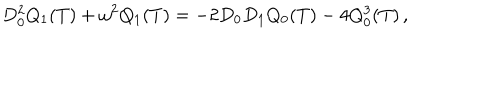
D _ { 0 } ^ { 2 } Q _ { 1 } ( T ) + \omega ^ { 2 } Q _ { 1 } ( T ) = - 2 D _ { 0 } D _ { 1 } Q _ { 0 } ( T ) - 4 Q _ { 0 } ^ { 3 } ( T ) \, ,